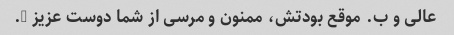
عالی و ب. موقع بودتش، ممنون و مرسی از شما دوست عزیز ….